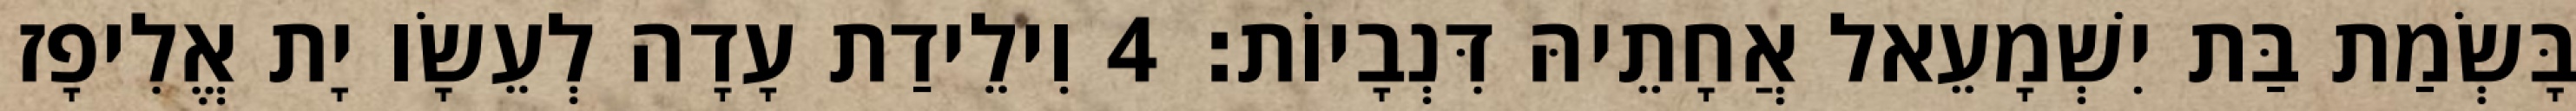
בָּשְׂמַת בַּת יִשְׁמָעֵאל אֲחָתֵיהּ דִּנְבָיוֹת׃ 4 וִילֵידַת עָדָה לְעֵשָׂו יָת אֱלִיפָז